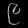
Digit: ၉